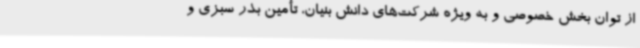
از توان بخش خصوصی و به ویژه شرکت‌های دانش بنیان، تأمین بذر سبزی و